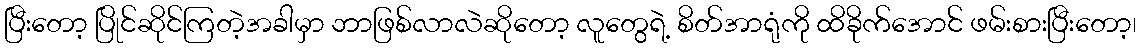
ပြီးတော့ ပြိုင်ဆိုင်ကြတဲ့အခါမှာ ဘာဖြစ်လာလဲဆိုတော့ လူတွေရဲ့ စိတ်အာရုံကို ထိခိုက်အောင် ဖမ်းစားပြီးတော့၊